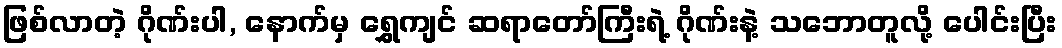
ဖြစ်လာတဲ့ ဂိုဏ်းပါ, နောက်မှ ရွှေကျင် ဆရာတော်ကြီးရဲ့ ဂိုဏ်းနဲ့ သဘောတူလို့ ပေါင်းပြီး